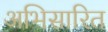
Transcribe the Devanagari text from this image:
अभिसारित